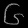
Digit: ၆